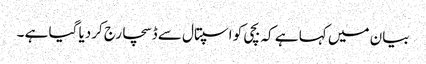
بیان میں کہا ہے کہ بچی کو اسپتال سے ڈسچارج کردیا گیا ہے ۔